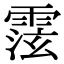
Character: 𩃚